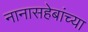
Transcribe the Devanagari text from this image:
नानासहेबांच्या